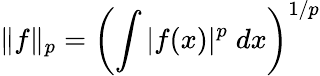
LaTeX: \| f\| _{p}=\left(\int|f(x)|^{p}\; dx\right)^{1/p}